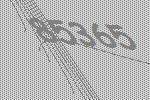
85365